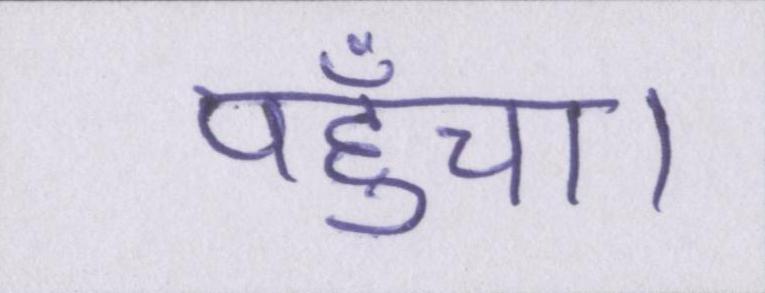
पहुँचा।